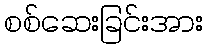
စစ်ဆေးခြင်းအား